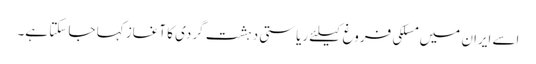
اسے ایران میں مسلکی فروغ کیلئے ریاستی دہشت گردی کا آغاز کہا جا سکتا ہے۔